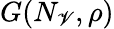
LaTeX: G(N_{\mathscr{V}},\rho)